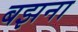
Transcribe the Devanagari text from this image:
बझना